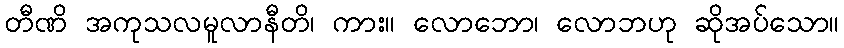
တီဏိ အကုသလမူလာနီတိ၊ ကား။ လောဘော၊ လောဘဟု ဆိုအပ်သော။